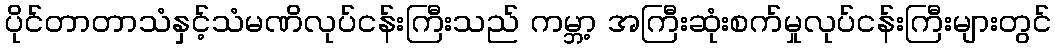
ပိုင်တာတာသံနှင့်သံမဏိလုပ်ငန်းကြီးသည် ကမ္ဘာ့ အကြီးဆုံးစက်မှုလုပ်ငန်းကြီးများတွင်